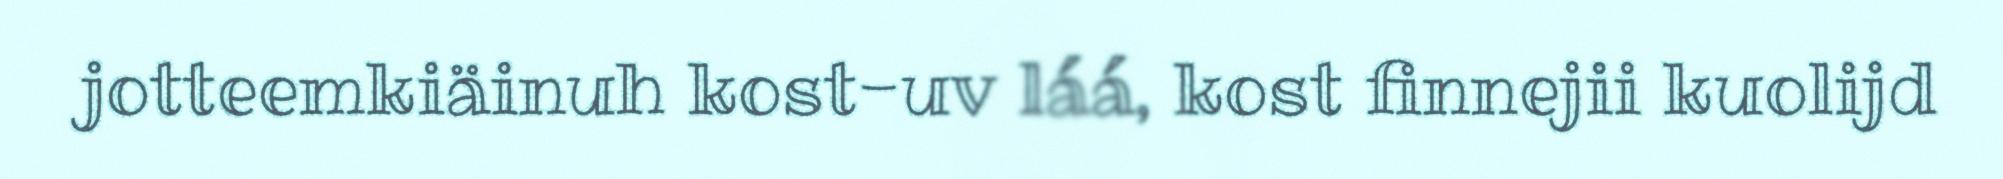
jotteemkiäinuh kost-uv láá, kost finnejii kuolijd